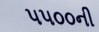
૫૫૦૦ની